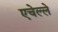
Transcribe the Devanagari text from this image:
एचेल्ले